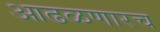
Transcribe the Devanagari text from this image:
आढळणारच